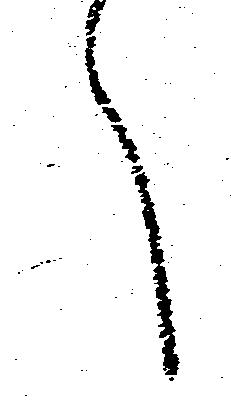
へ